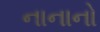
નાનાનો